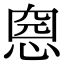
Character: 𢝏